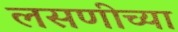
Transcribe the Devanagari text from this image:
लसणीच्या